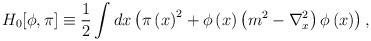
LaTeX: \begin{align*}H_0[\phi,\pi]\equiv \frac{1}{2} \int dx\left( \pi\left( x\right) ^{2}+\phi\left( x\right) \left( m^{2}-\nabla_{x}^{2}\right) \phi\left( x\right) \right),\end{align*}